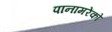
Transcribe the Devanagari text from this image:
पानामरेंको